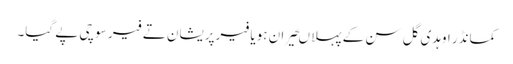
کمانڈر اوہدی گل سن کے پہلا ںحیران ہویا فیرپریشان تے فیر سوچی پے گیا۔